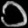
Digit: ၁